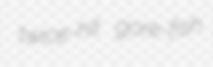
twice-hit gore-fish